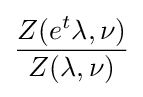
{\frac {Z(e^{t}\lambda ,\nu )}{Z(\lambda ,\nu )}}